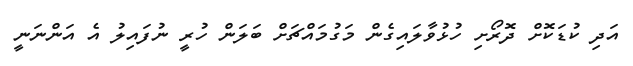
އަދި ކުޑަކޮށް ދޮރޯށި ހުޅުވާލައިގެން މަގުމައްޗަށް ބަލަން ހުރީ ނުފައިލު އެ އަންނަނީ